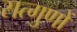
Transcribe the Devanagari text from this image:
सत्गुणों